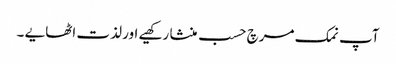
آپ نمک مرچ حسب منشا رکھیے اور لذت اٹھایے ۔